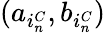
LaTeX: (a_{i_{n}^{C}},b_{i_{n}^{C}})